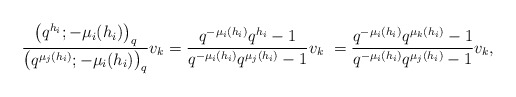
\begin{align*}\frac{\big( q^{h_i}; -\mu_i(h_i) \big)_q}{\big( q^{\mu_j(h_i)}; -\mu_i(h_i) \big)_q}v_k &= \frac{q^{-\mu_i(h_i)}q^{h_i} - 1}{q^{-\mu_i(h_i) }q^{\mu_j(h_i)} - 1}v_k\ = \frac{q^{-\mu_i(h_i)}q^{\mu_k(h_i)} - 1}{q^{-\mu_i(h_i) }q^{\mu_j(h_i)} - 1}v_k,\end{align*}